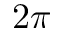
2 \pi